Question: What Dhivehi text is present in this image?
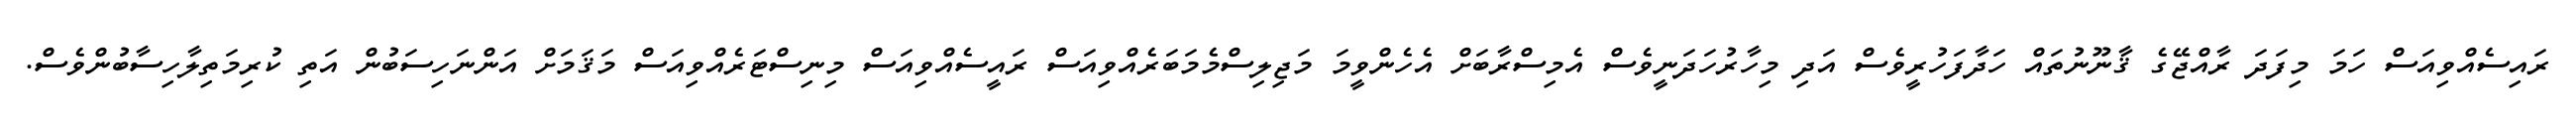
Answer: ރައިސެއްވިއަސް ހަމަ މިފަދަ ރާއްޖޭގެ ޤާނޫނުތައް ހަދާފަހުރީވެސް އަދި މިހާރުހަދަނީވެސް އެމިސްރާބަށް އެހެންވީމަ މަޖިލިސްމެމަބަރެއްވިއަސް ރައީސެއްވިއަސް މިނިސްޓަރެއްވިއަސް މަޤަމަށް އަންނަހިސަބުން އަތި ކުރިމަތިލާހިސާބުންވެސް.